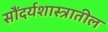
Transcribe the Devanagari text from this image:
सौंदर्यशास्त्रातील